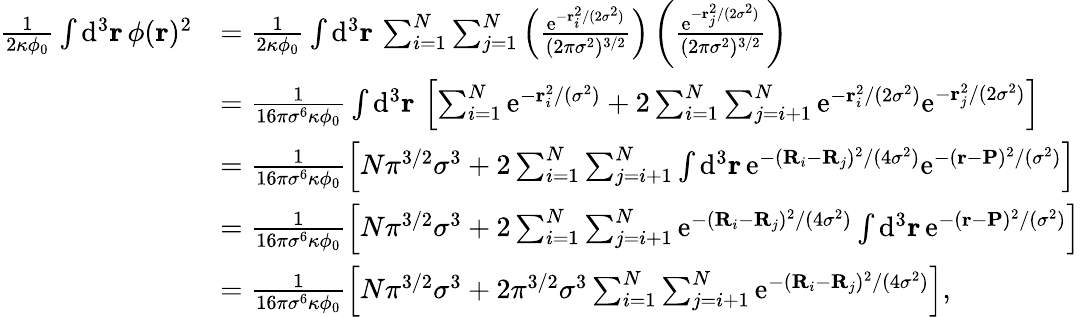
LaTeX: \begin{array}{rl}{\frac{1}{2\kappa\phi_{0}}\int\mathrm{d}^{3}\mathbf{r}\, \phi(\mathbf{r})^{2}}&{=\frac{1}{2\kappa\phi_{0}}\int\mathrm{d}^{3}\mathbf{r}\, \sum_{i=1}^{N}\sum_{j=1}^{N}\left(\frac{\mathrm{e}^{-\mathbf{r}_{i}^{2}/(2\sigma^{2})}}{(2\pi\sigma^{2})^{3/2}}\right)\left(\frac{\mathrm{e}^{-\mathbf{r}_{j}^{2}/(2\sigma^{2})}}{(2\pi\sigma^{2})^{3/2}}\right)}\\ &{=\frac{1}{16\pi\sigma^{6}\kappa\phi_{0}}\int\mathrm{d}^{3}\mathbf{r}\, \left[\sum_{i=1}^{N}\mathrm{e}^{-\mathbf{r}_{i}^{2}/(\sigma^{2})}+2\sum_{i=1}^{N}\sum_{j=i+1}^{N}\mathrm{e}^{-\mathbf{r}_{i}^{2}/(2\sigma^{2})}\mathrm{e}^{-\mathbf{r}_{j}^{2}/(2\sigma^{2})}\right]}\\ &{=\frac{1}{16\pi\sigma^{6}\kappa\phi_{0}}\left[N\pi^{3/2}\sigma^{3}+2\sum_{i=1}^{N}\sum_{j=i+1}^{N}\int\mathrm{d}^{3}\mathbf{r}\, \mathrm{e}^{-(\mathbf{R}_{i}-\mathbf{R}_{j})^{2}/(4\sigma^{2})}\mathrm{e}^{-(\mathbf{r}-\mathbf{P})^{2}/(\sigma^{2})}\right]}\\ &{=\frac{1}{16\pi\sigma^{6}\kappa\phi_{0}}\left[N\pi^{3/2}\sigma^{3}+2\sum_{i=1}^{N}\sum_{j=i+1}^{N}\mathrm{e}^{-(\mathbf{R}_{i}-\mathbf{R}_{j})^{2}/(4\sigma^{2})}\int\mathrm{d}^{3}\mathbf{r}\, \mathrm{e}^{-(\mathbf{r}-\mathbf{P})^{2}/(\sigma^{2})}\right]}\\ &{=\frac{1}{16\pi\sigma^{6}\kappa\phi_{0}}\left[N\pi^{3/2}\sigma^{3}+2\pi^{3/2}\sigma^{3}\sum_{i=1}^{N}\sum_{j=i+1}^{N}\mathrm{e}^{-(\mathbf{R}_{i}-\mathbf{R}_{j})^{2}/(4\sigma^{2})}\right],}\end{array}